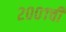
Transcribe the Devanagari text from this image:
२००१ची